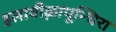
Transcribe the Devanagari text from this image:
इलावीऴापून्चिरा